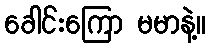
ခေါင်းကြော မမာနဲ့။